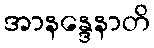
အာနန္ဒေနာတိ